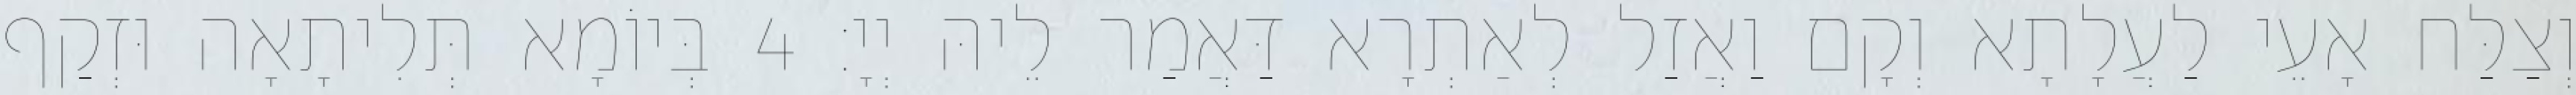
וְצַלַּח אָעֵי לַעֲלָתָא וְקָם וַאֲזַל לְאַתְרָא דַּאֲמַר לֵיהּ יְיָ׃ 4 בְּיוֹמָא תְּלִיתָאָה וּזְקַף